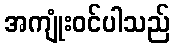
အကျုံးဝင်ပါသည်